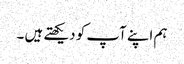
ہم اپنے آپ کو دیکھتے ہیں ۔